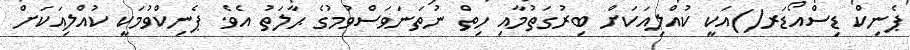
ޕެނިކް ޑިސްއޯޑަރ()އަކީ ކުއްލިއަކަށް ބިރުގަތުމާއި ހިތް ނުތަނަވަސްވުމުގެ ޙާލަތު އެވެ. ޕެނިކްވުމަކީ ކުއްލިއަކަށް